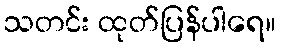
သတင်း ထုတ်ပြန်ပါရေ။